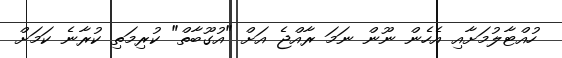
ހުއްޓާލުމަށާއި އެހެން ނޫން ނަމަ ރާއްޖެ އަށް "އުގޫބާތް" ކުރިމަތި ކުރާނެ ކަމަށް